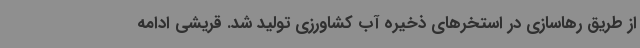
از طریق رهاسازی در استخرهای ذخیره آب کشاورزی تولید شد. قریشی ادامه